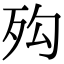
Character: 𣧔